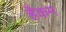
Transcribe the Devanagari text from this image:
हैकम